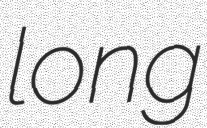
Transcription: long